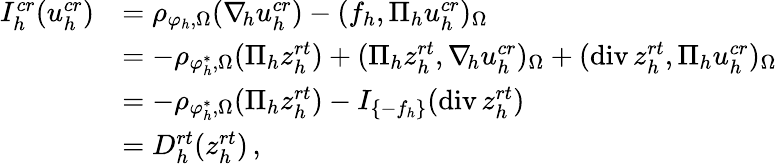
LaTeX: \begin{array}{rl}{I_{h}^{\textit{cr}}(u_{h}^{\textit{cr}})}&{=\rho_{\varphi_{h},\Omega}(\nabla_{\! h}u_{h}^{\textit{cr}})-(f_{h},\Pi_{h}u_{h}^{\textit{cr}})_{\Omega}}\\ &{=-\rho_{\varphi_{h}^{*},\Omega}(\Pi_{h}z_{h}^{\textit{rt}})+(\Pi_{h}z_{h}^{\textit{rt}},\nabla_{\! h}u_{h}^{\textit{cr}})_{\Omega}+(\textup{div}\, z_{h}^{\textit{rt}},\Pi_{h}u_{h}^{\textit{cr}})_{\Omega}}\\ &{=-\rho_{\varphi_{h}^{*},\Omega}(\Pi_{h}z_{h}^{\textit{rt}})-I_{\{ -f_{h}\} }(\textup{div}\, z_{h}^{\textit{rt}})}\\ &{=D_{h}^{\textit{rt}}(z_{h}^{\textit{rt}})\, ,}\end{array}